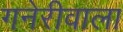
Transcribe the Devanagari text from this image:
गनेरीवाला